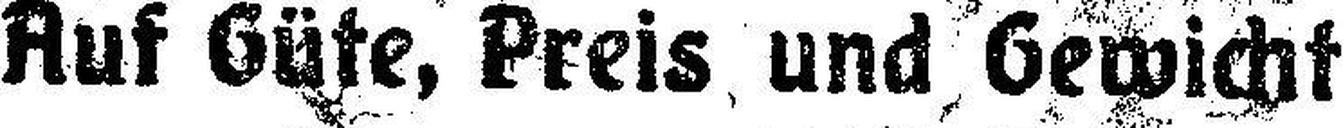
Auf Güte, Preis und Gewicht